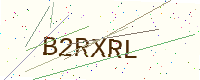
Text: B2RXRL